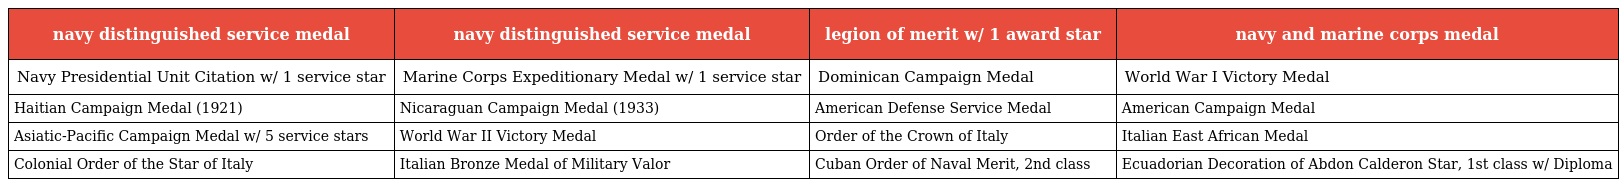
| navy distinguished service medal | navy distinguished service medal | legion of merit w/ 1 award star | navy and marine corps medal |
 | --- | --- | --- | --- |
 | Navy Presidential Unit Citation w/ 1 service star | Marine Corps Expeditionary Medal w/ 1 service star | Dominican Campaign Medal | World War I Victory Medal |
 | Haitian Campaign Medal (1921) | Nicaraguan Campaign Medal (1933) | American Defense Service Medal | American Campaign Medal |
 | Asiatic-Pacific Campaign Medal w/ 5 service stars | World War II Victory Medal | Order of the Crown of Italy | Italian East African Medal |
 | Colonial Order of the Star of Italy | Italian Bronze Medal of Military Valor | Cuban Order of Naval Merit, 2nd class | Ecuadorian Decoration of Abdon Calderon Star, 1st class w/ Diploma |